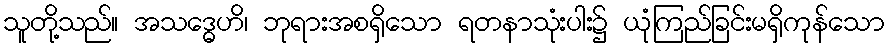
သူတို့သည်။ အသဒ္ဓေဟိ၊ ဘုရားအစရှိသော ရတနာသုံးပါး၌ ယုံကြည်ခြင်းမရှိကုန်သော